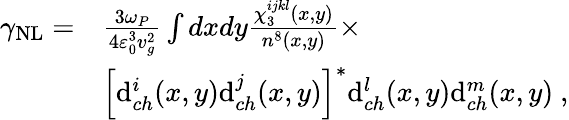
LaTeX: \begin{array}{rl}{\gamma_{\mathrm{NL}}=}&{\frac{3\omega_{P}}{4\varepsilon_{0}^{3}v_{g}^{2}}\int dxdy\frac{\chi_{3}^{ijkl}(x,y)}{n^{8}(x,y)}\times}\\ &{\left[\mathrm{d}_{ch}^{i}(x,y)\mathrm{d}_{ch}^{j}(x,y)\right]^{*}\mathrm{d}_{ch}^{l}(x,y)\mathrm{d}_{ch}^{m}(x,y)\ ,}\end{array}